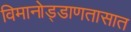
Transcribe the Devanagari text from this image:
विमानोड्डाणतासात